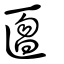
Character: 匫